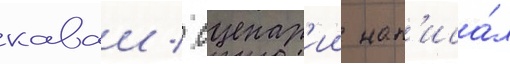
каваи / сценар'ии нап'иса́л